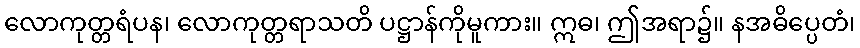
လောကုတ္တရံပန၊ လောကုတ္တရာသတိ ပဋ္ဌာန်ကိုမူကား။ ဣဓ၊ ဤအရာ၌။ နအဓိပ္ပေတံ၊